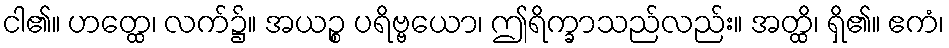
ငါ၏။ ဟတ္ထေ၊ လက်၌။ အယဉ္စ ပရိဗ္ဗယော၊ ဤရိက္ခာသည်လည်း။ အတ္ထိ၊ ရှိ၏။ ဧကံ၊